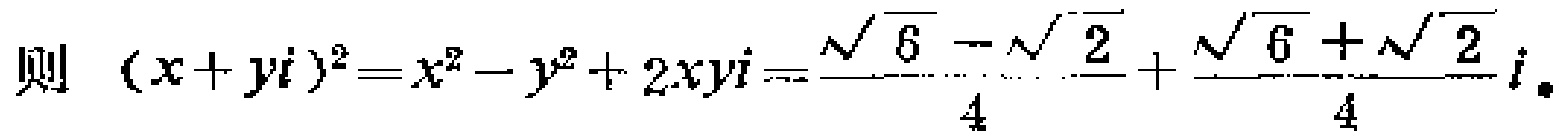
则 \((x + yi)^2 = x^2 - y^2 + 2xyi = \frac{\sqrt{6} - \sqrt{2}}{4} + \frac{\sqrt{6} + \sqrt{2}}{4}i。\)